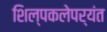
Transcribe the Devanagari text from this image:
शिल्पकलेपर्यंत